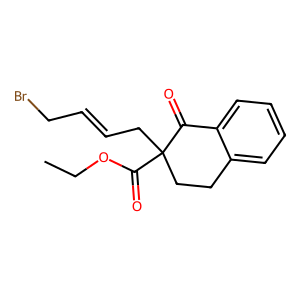
SMILES: CCOC(=O)C1(CC=CCBr)CCc2ccccc2C1=O
Inhibits HIV replication: No